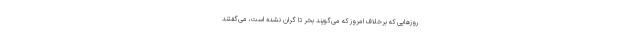
روزهایی که برخلاف امروز که می‌گویند بخر تا گران نشده است، می‌گفتند